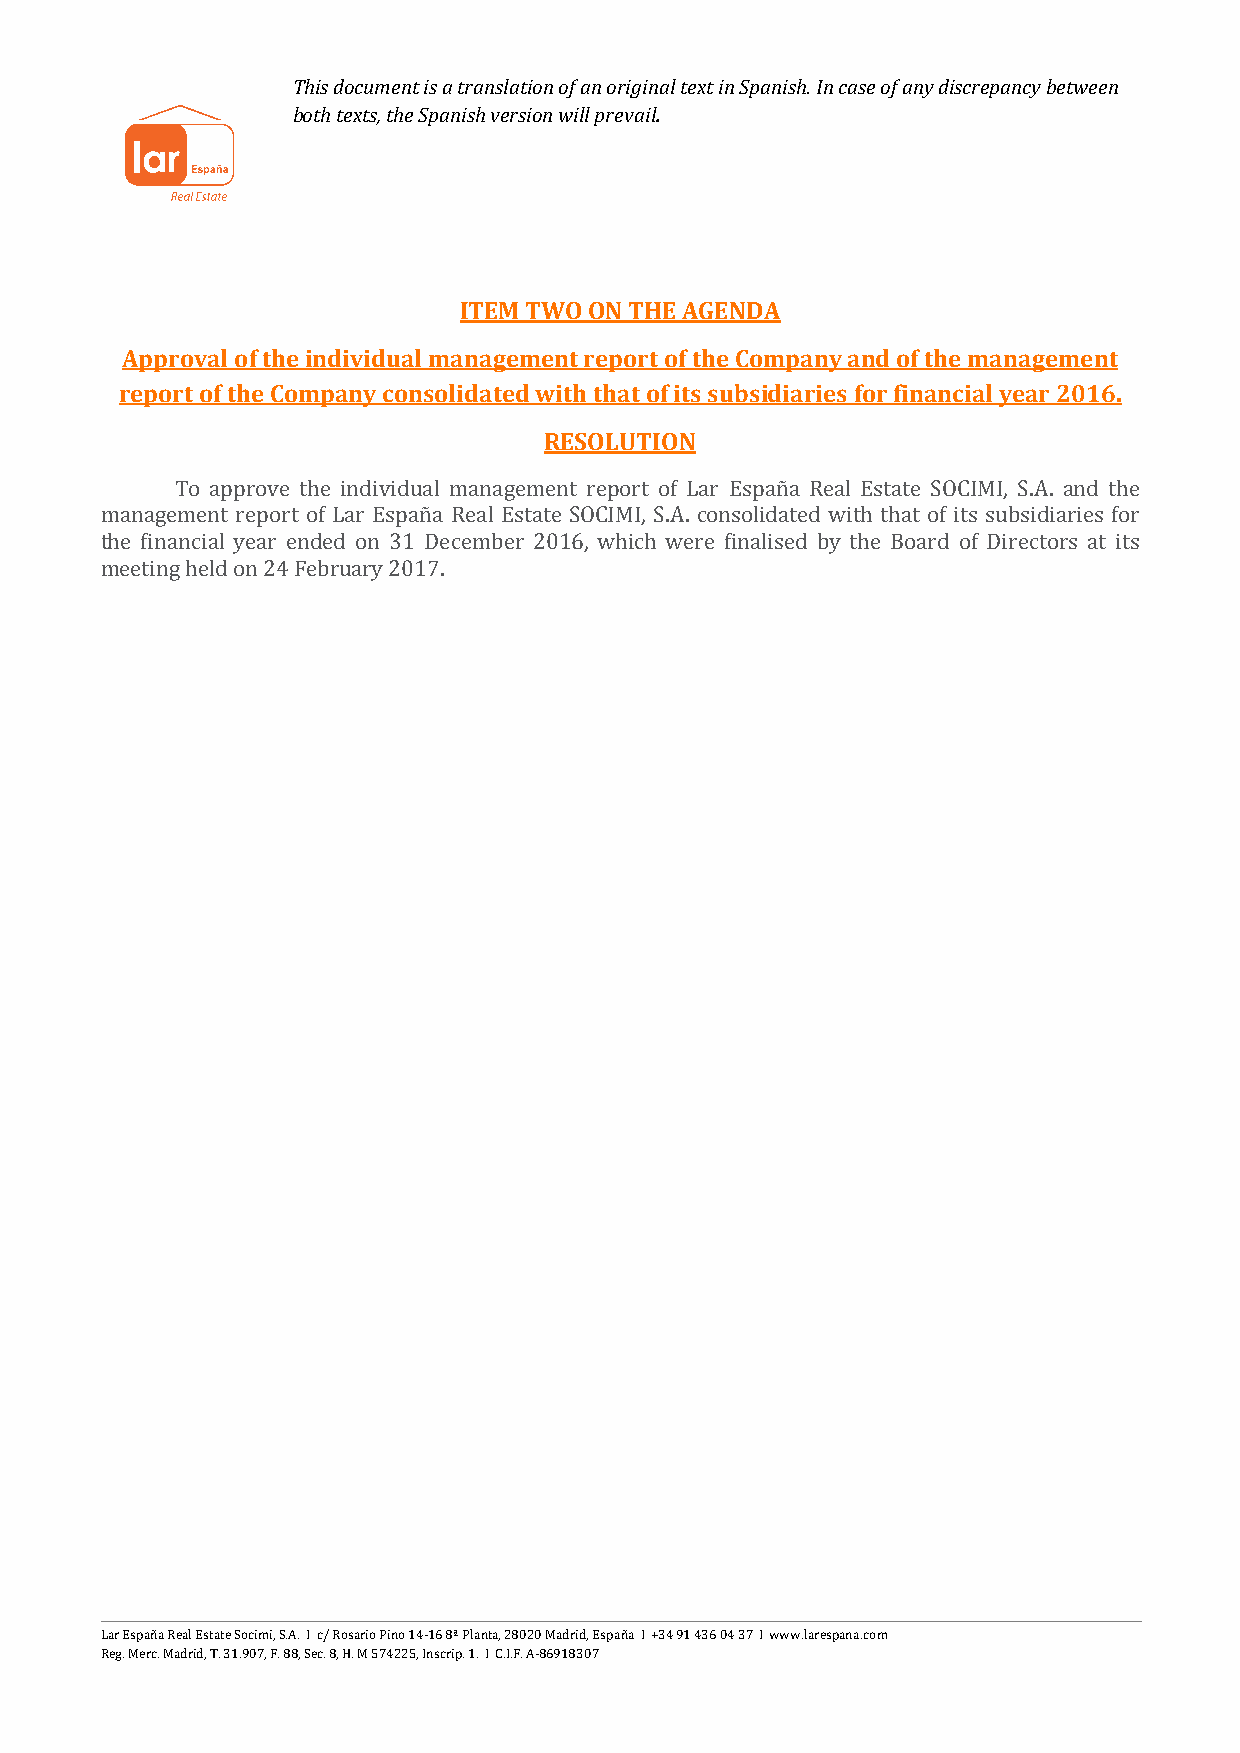
This document is a translation of an original text in Spanish. In case of any discrepancy between
 both texts, the Spanish version will prevail.
 ITEM TWO ON THE AGENDA
 Approval of the individual management report of the Company and of the management
 report of the Company consolidated with that of its subsidiaries for financial year 2016.
 RESOLUTION
 To approve the individual management report of Lar España Real Estate SOCIMI, S.A. and the
 management report of Lar España Real Estate SOCIMI, S.A. consolidated with that of its subsidiaries for
 the financial year ended on 31 December 2016, which were finalised by the Board of Directors at its
 meeting held on 24 February 2017.
 Lar España Real Estate Socimi, S.A. I c/ Rosario Pino 14-16 8ª Planta, 28020 Madrid, España I +34 91 436 04 37 I www.larespana.com
 Reg. Merc. Madrid, T. 31.907, F. 88, Sec. 8, H. M 574225, Inscrip. 1. I C.I.F. A-86918307